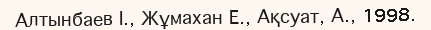
Алтынбаев І., Жұмахан Е., Ақсуат, А., 1998.